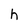
Character: h